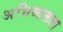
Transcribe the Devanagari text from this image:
अभिव्यक्तता